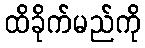
ထိခိုက်မည်ကို